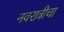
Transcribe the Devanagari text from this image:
नवरात्रीचा